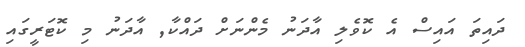
ދައިތަ އައިސް އެ ކޮވެލި އާދަނު މެންނަށް ދައްކާ